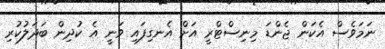
ނަމަވެސް އެކަން ޖެންޑަ މިނިސްޓްރީ އަށް އެނގިފައި ވަނީ އެ ކުދިން ބަދަލުކުރި